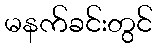
မနက်ခင်းတွင်